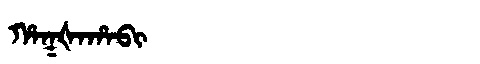
Manchu: ᡥᠠᡴᡧᠠᡥᠠᠪᡳ
Romanization: HAKŠAHABI